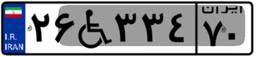
۳۲W۲۴۰۵۳